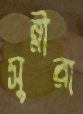
সুন্নীরা